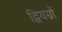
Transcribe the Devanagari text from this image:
द्वियग्रों